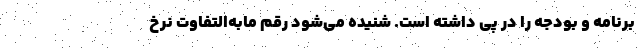
برنامه و بودجه را در پی داشته است. شنیده می‌شود رقم مابه‌التفاوت نرخ